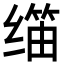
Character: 𬙀